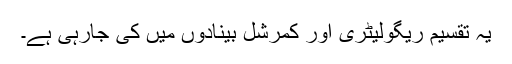
یہ تقسیم ریگولیٹری اور کمرشل بینادوں میں کی جارہی ہے۔